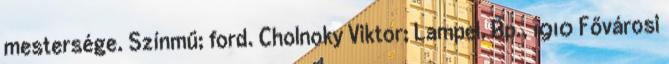
mestersége. Színmű; ford. Cholnoky Viktor; Lampel, Bp., 1910 Fővárosi